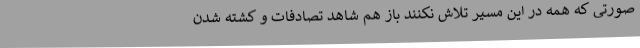
صورتی که همه در این مسیر تلاش نکنند باز هم شاهد تصادفات و کشته شدن